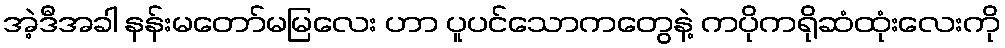
အဲ့ဒီအခါ နန်းမတော်မမြလေး ဟာ ပူပင်သောကတွေနဲ့ ကပိုကရိုဆံထုံးလေးကို